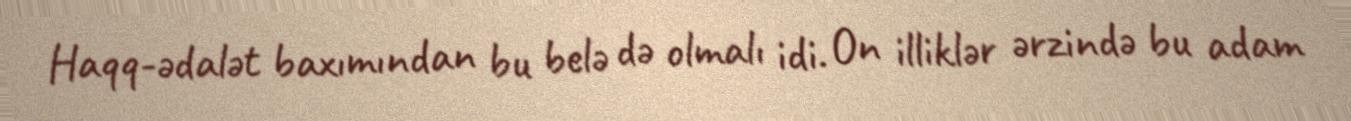
Haqq-ədalət baxımından bu belə də olmalı idi. On illiklər ərzində bu adam